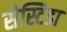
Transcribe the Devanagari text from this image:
सेस्टिडा